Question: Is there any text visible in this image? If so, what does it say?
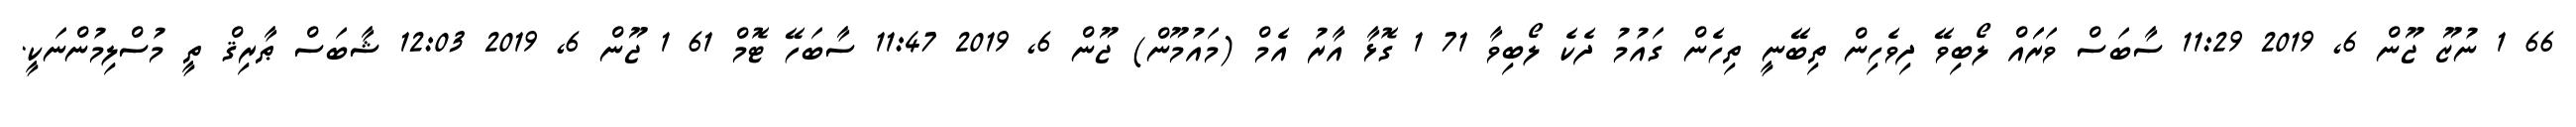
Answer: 66 1 ނުޒޫ ޖޫން 6, 2019 11:29 ސާބަސް ވަރަައް ލޯބިވޭ ދިވެހިން ތިބޭނީ ތިހެން ގައުމު ދެކެ ލޯބިވާ 71 1 ގޮޅާ އާރު އެމް (މައުމޫން) ޖޫން 6, 2019 11:47 ސާބަހޭ ޓޮމް 61 1 ޖޫން 6, 2019 12:03 ޝާބަސް ޠާރިޤް ތީ މުސްލިމުންނަކީ.